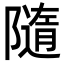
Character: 隨